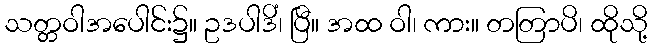
သတ္တဝါအပေါင်း၌။ ဥဒပါဒိံ၊ ပြီ။ အထ ဝါ၊ ကား။ တတြာပိ၊ ထိုသို့